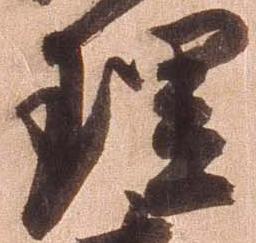
理